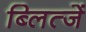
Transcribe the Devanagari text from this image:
ब्लित्जें